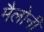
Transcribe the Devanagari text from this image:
मैलोनी